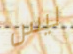
ليس